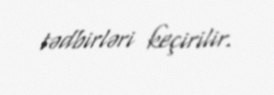
tədbirləri keçirilir.